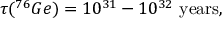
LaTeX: \tau ( ^ { 7 6 } G e ) = 1 0 ^ { 3 1 } - 1 0 ^ { 3 2 } \, \, \mathrm { y e a r s } ,